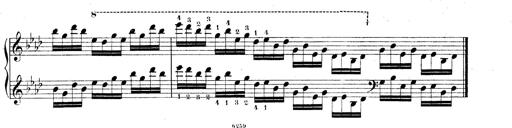
Title: Technische Studien
Composer: Franz Liszt